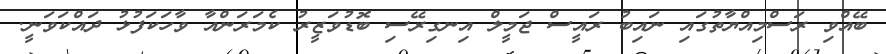
ބޭއްވި ރަސްމިއްޔާތުގައި ނައިބު ރައީސް ޖަމީލް އިނގިރޭސި ބޮޑުވަޒީރު ކެމަރަންއާ ވާހަކަފުޅު ދައްކަވަނީ.